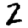
Digit: 2